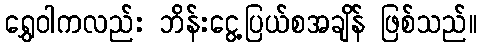
ရွှေဝါကလည်း ဘိန်းငွေ့ပြယ်စအချိန် ဖြစ်သည်။